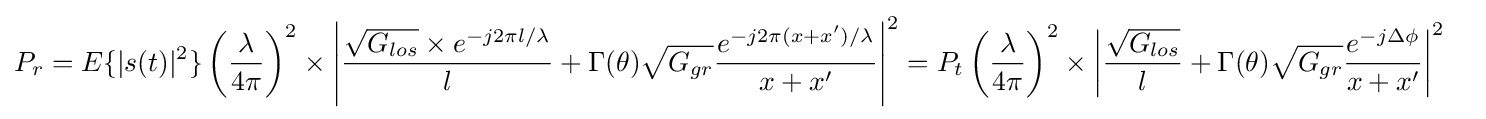
{\begin{aligned}P_{r}=E\{|s(t)|^{2}\}\left({\frac {\lambda }{4\pi }}\right)^{2}\times \left|{\frac {{\sqrt {G_{los}}}\times e^{-j2\pi l/\lambda }}{l}}+\Gamma (\theta ){\sqrt {G_{gr}}}{\frac {e^{-j2\pi (x+x')/\lambda }}{x+x'}}\right|^{2}&=P_{t}\left({\frac {\lambda }{4\pi }}\right)^{2}\times \left|{\frac {\sqrt {G_{los}}}{l}}+\Gamma (\theta ){\sqrt {G_{gr}}}{\frac {e^{-j\Delta \phi }}{x+x'}}\right|^{2}\end{aligned}}